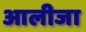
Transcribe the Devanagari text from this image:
आलीजा